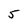
Character: 5